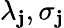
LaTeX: \lambda_{\mathbf{j}},\sigma_{\mathbf{j}}